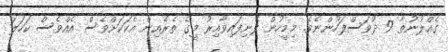
ގެއްލުނުތާ 9 ދުވަސްފަހުންނެވެ. މިމީހުން ފެނިފައިވާއިރު މީގެ ތެރެއިން އެކަކަށްވެސް އެއްވެސް ކަހަލަ